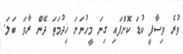
ވުރެ ވިސާފީ ކުޑަ ކޮށްފައި ގިނަ މީހުނަށަ ޚިދުމަތަ ދޭން ރާވަ ބަލަ.